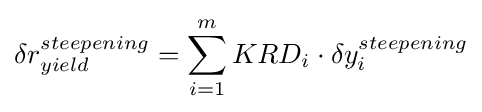
\delta r_{yield}^{steepening}=\sum \limits _{i=1}^{m}{KRD_{i}\cdot \delta y_{i}^{steepening}}